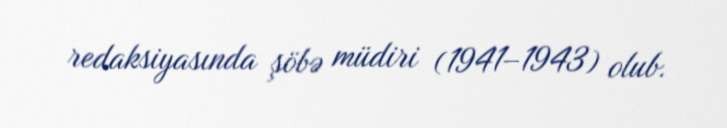
redaksiyasında şöbə müdiri (1941–1943) olub.